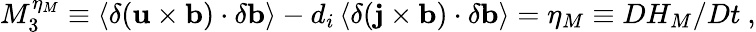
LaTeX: M_{3}^{\eta_{M}}\equiv\left<\delta({\mathbf u}\times{\mathbf b})\cdot\delta{\mathbf b}\right>-d_{i}\left<\delta({\mathbf j}\times{\mathbf b})\cdot\delta{\mathbf b}\right>=\eta_{M}\equiv DH_{M}/Dt\ ,